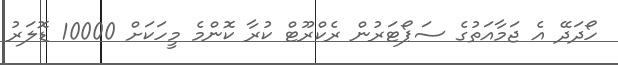
ހޯދަދޭ އެ ޖަމާއަތުގެ ސަޕޯޓަރުން ރެކްރޫޓް ކުރާ ކޮންމެ މީހަކަށް 10000 ޑޮލަރު